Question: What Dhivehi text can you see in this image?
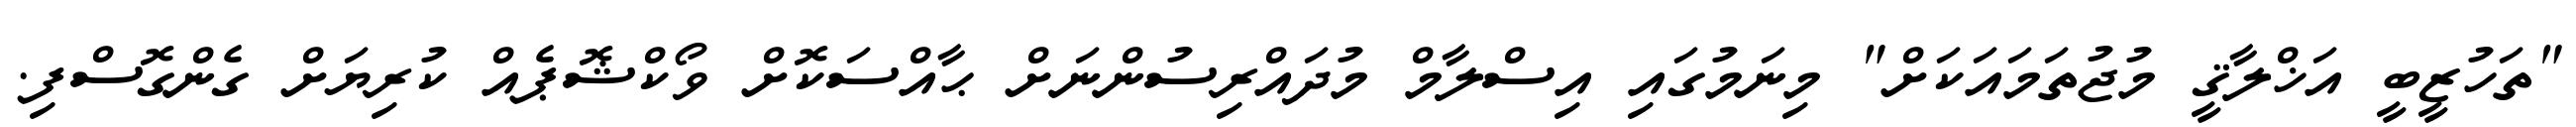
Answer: "ތަހުޒީބީ އަޚްލާޤީ މުޖުތަމައަކަށް" މިނަމުގައި އިސްލާމް މުދައްރިސުންނަށް ޙާއްސަކޮށް ވޯކްޝޮޕެއް ކުރިޔަށް ގެންގޮސްފި.